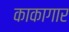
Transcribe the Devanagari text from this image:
काकागार